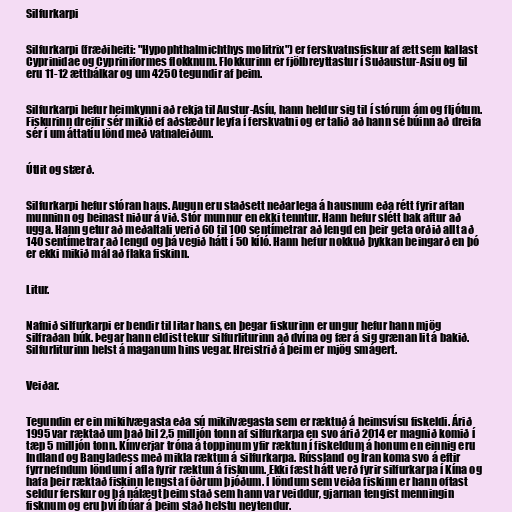
Silfurkarpi

Silfurkarpi (fræðiheiti: "Hypophthalmichthys molitrix") er ferskvatnsfiskur af ætt sem kallast
Cyprinidae og Cypriniformes flokknum‏. Flokkurinn er fjölbreyttastur í Suðaustur-Asíu og til
eru 11-12 ættbálkar og um 4250 tegundir af ‏þeim.

Silfurkarpi hefur heimkynni að rekja til Austur-Asíu, hann heldur sig til í stórum ám og fljótum‏.
Fiskurinn dreifir sér mikið ef aðstæður leyfa í ferskvatni og er talið að hann sé búinn að dreifa
sér í um áttatíu lönd með vatnaleiðum.

Útlit og stærð.

Silfurkarpi hefur stóran haus. Augun eru staðsett neðarlega á hausnum eða rétt fyrir aftan
munninn og beinast niður á við. Stór munnur en ekki tenntur. Hann hefur slétt bak aftur að
ugga. Hann getur að meðaltali verið 60 til 100 sentímetrar að lengd en ‏þeir geta orðið allt að
140 sentímetrar að lengd og ‏þá vegið hátt í 50 kíló. Hann hefur nokkuð þykkan beingarð en þó
er ekki mikið mál að flaka fiskinn.

Litur.

Nafnið silfurkarpi er bendir til litar hans, en ‏þegar ‏fiskurinn er ungur hefur hann mjög
silfraðan búk. Þegar hann eldist tekur silfurliturinn að dvína og fær á sig grænan lit á bakið.
Silfurliturinn helst á maganum hins vegar. Hreistrið á þeim er mjög smágert.

Veiðar.

Tegundin er ein mikilvægasta eða sú mikilvægasta sem er ræktuð á heimsvísu fiskeldi. Árið
1995 var ræktað um það bil 2,5 milljón tonn af silfurkarpa en svo árið 2014 er magnið komið í
tæp 5 milljón tonn. Kínverjar tróna á toppinum yfir ræktun í fiskeldum á honum en einnig eru
Indland og Bangladess með mikla ræktun á silfurkarpa. Rússland og Íran koma svo á eftir
‏fyrrnefndum löndum í afla fyrir ræktun á fisknum. Ekki fæst hátt verð fyrir silfurkarpa í Kína og
hafa þeir ræktað fiskinn lengst af öðrum ‏þjóðum. Í löndum sem veiða fiskinn er hann oftast
seldur ferskur og ‏þá nálægt ‏þeim stað sem hann var veiddur, gjarnan tengist menningin
fisknum og eru ‏því íbúar á þeim stað helstu neytendur.